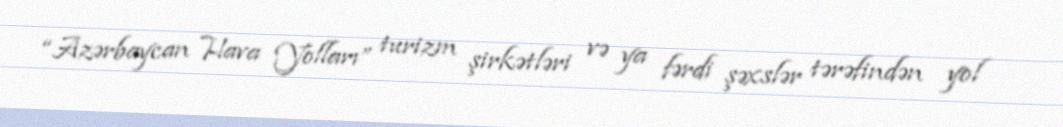
“Azərbaycan Hava Yolları” turizm şirkətləri və ya fərdi şəxslər tərəfindən yol